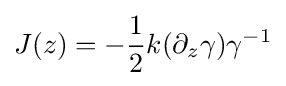
J(z)=-{\frac {1}{2}}k(\partial _{z}\gamma )\gamma ^{-1}